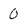
Character: 0